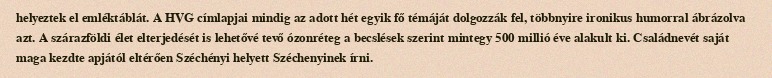
helyeztek el emléktáblát. A HVG címlapjai mindig az adott hét egyik fő témáját dolgozzák fel, többnyire ironikus humorral ábrázolva azt. A szárazföldi élet elterjedését is lehetővé tevő ózonréteg a becslések szerint mintegy 500 millió éve alakult ki. Családnevét saját maga kezdte apjától eltérően Széchényi helyett Széchenyinek írni.